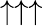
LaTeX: \uparrow\uparrow\uparrow